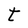
Character: t